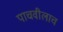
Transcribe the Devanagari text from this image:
पाचवीलाच